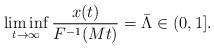
LaTeX: \begin{align*} \liminf_{t\to\infty} \frac{x(t)}{F^{-1}(Mt)}=\bar{\Lambda}\in (0,1].\end{align*}